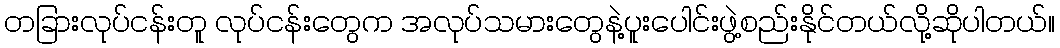
တခြားလုပ်ငန်းတူ လုပ်ငန်းတွေက အလုပ်သမားတွေနဲ့ပူးပေါင်းဖွဲ့စည်းနိုင်တယ်လို့ဆိုပါတယ်။